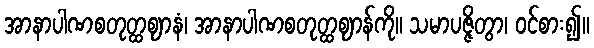
အာနာပါဏစတုတ္ထဈာနံ၊ အာနာပါဏစတုတ္ထဈာန်ကို။ သမာပဇ္ဇိတွာ၊ ဝင်စား၍။